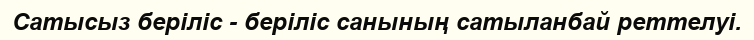
Сатысыз беріліс - беріліс санының сатыланбай реттелуі.